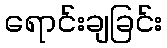
ရောင်းချခြင်း